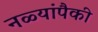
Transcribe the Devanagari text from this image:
नळ्यांपैकी